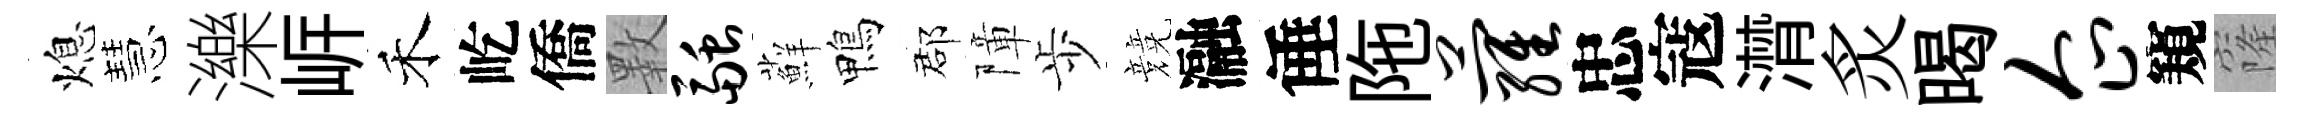
熄慧濼㟁禾屹僑斁融蘚鴨郡障歩競瀜倕陁萝忠寇潸炙暍企窺窿